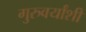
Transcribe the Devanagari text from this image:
गुरुवर्यांशी